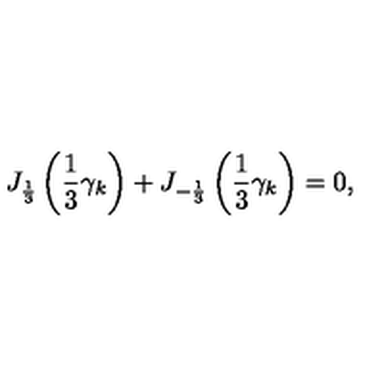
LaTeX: J _ { \frac { 1 } { 3 } } \left( \frac { 1 } { 3 } \gamma _ { k } \right) + J _ { - \frac { 1 } { 3 } } \left( \frac { 1 } { 3 } \gamma _ { k } \right) = 0 ,